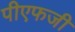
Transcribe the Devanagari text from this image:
पीएफजी